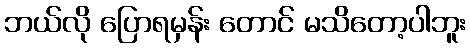
ဘယ်လို ပြောရမှန်း တောင် မသိတော့ပါဘူး